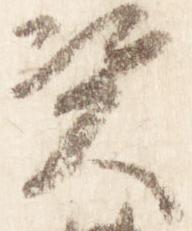
資